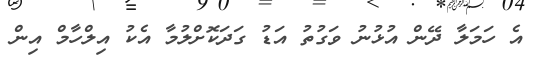
އެ ހަމަލާ ދޭން އުޅުނު ވަގުތު އަޑު ގަދަކޮށްލުމާ އެކު އިލްހާމް އިން